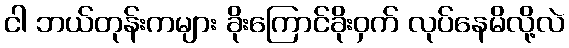
ငါ ဘယ်တုန်းကများ ခိုးကြောင်ခိုးဝှက် လုပ်နေမိလို့လဲ